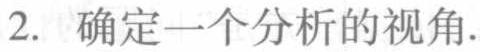
2. 确定一个分析的视角.